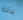
بآلة